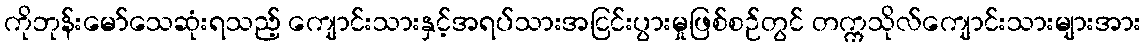
ကိုဘုန်းမော်သေဆုံးရသည့် ကျောင်းသားနှင့်အရပ်သားအငြင်းပွားမှုဖြစ်စဉ်တွင် တက္ကသိုလ်ကျောင်းသားများအား